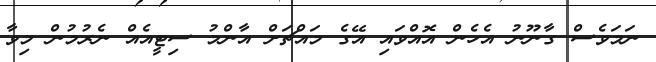
ނަމަވެސް ގާނޫނު އެހެން އޮއްވައި އޭގެ މައްޗަށް އާންމު ސިޓީއެއް ނެރުމުން މިވާ